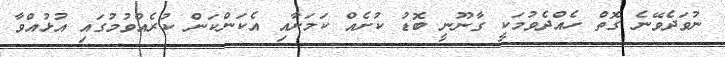
ނުވަދެވޭނެ ގޮތް ހެއްދެވުމަކީ ގާނޫނީ ބޮޑު ކުށެއް ކަމަށާއި އެކަންކަން ކުރެއްވުމުގައި އުޅުއްވާ